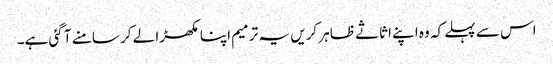
اس سے پہلے کہ وہ اپنے اثاثے ظاہر کریں یہ ترمیم اپنا مکھڑا لے کر سامنے آ گئی ہے۔